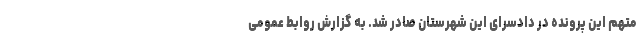
متهم این پرونده در دادسرای این شهرستان صادر شد. به گزارش روابط عمومی